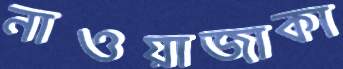
নাওয়াজাকা